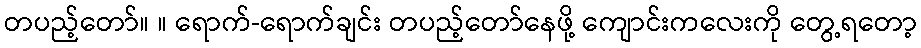
တပည့်တော်။ ။ ရောက်-ရောက်ချင်း တပည့်တော်နေဖို့ ကျောင်းကလေးကို တွေ့ရတော့